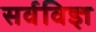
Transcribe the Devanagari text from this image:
सर्वविज्ञ